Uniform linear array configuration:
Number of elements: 4
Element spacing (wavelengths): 0.75
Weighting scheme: exponential
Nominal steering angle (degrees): -60
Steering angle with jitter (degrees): -58.362
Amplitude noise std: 0.05
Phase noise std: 0.05

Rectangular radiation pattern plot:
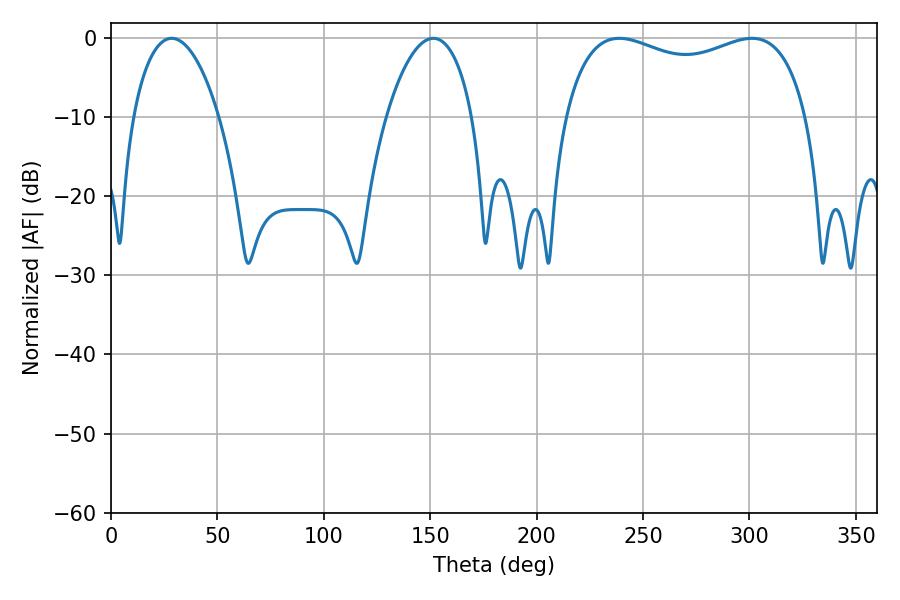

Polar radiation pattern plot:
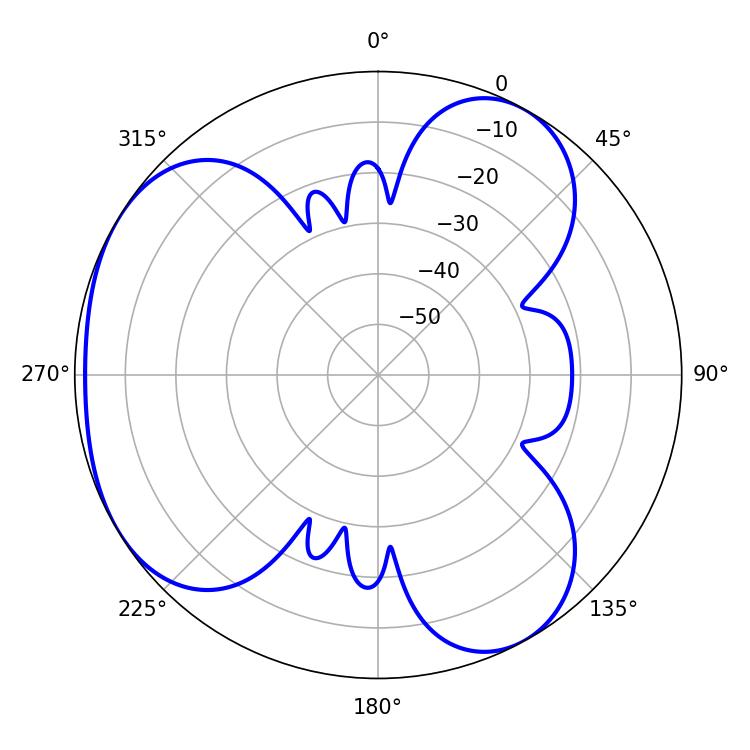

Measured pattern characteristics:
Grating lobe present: TRUE
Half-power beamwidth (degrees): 93.96
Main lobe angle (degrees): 238.86